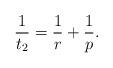
LaTeX: \begin{align*}\frac{1}{t_2} = \frac{1}{r} + \frac{1}{p}.\end{align*}